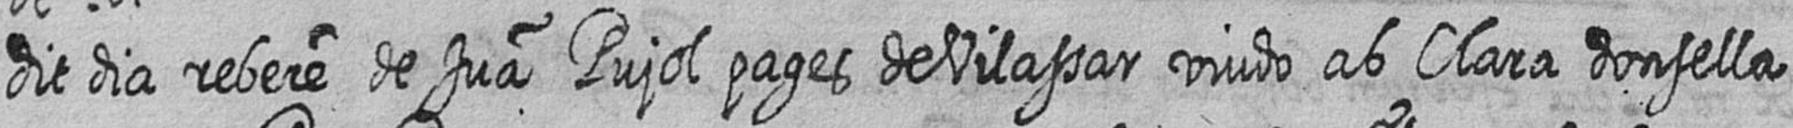
dit dia rebere de Jua Pujol pages de Vilassar viudo ab Clara donsella